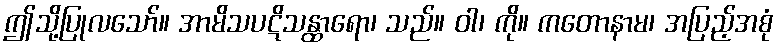
ဤသို့ပြုလသော်။ အာမိသပဋိသန္ထာရော၊ သည်။ ဝါ၊ ကို။ ကတောနာမ၊ အပြည့်အစုံ